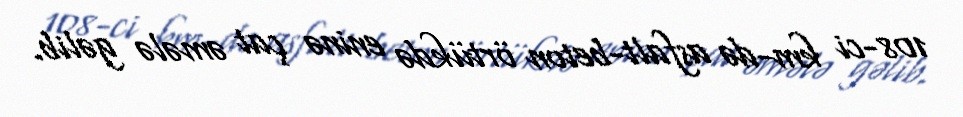
108-ci km-də asfalt-beton örtükdə eninə çat əmələ gəlib.